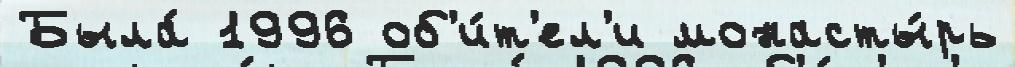
Была́ 1996 об'и́т'ел'и монасты́рь